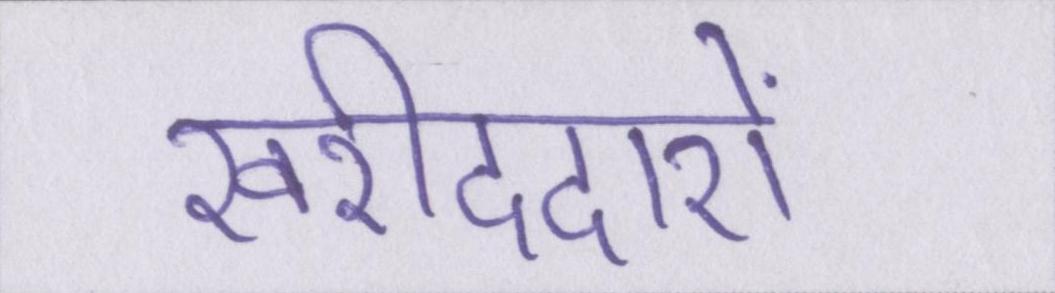
खरीददारों